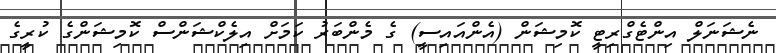
ނެޝަނަލް އިންޓެގްރިޓީ ކޮމިޝަން (އެންއައިސީ) ގެ މެންބަރު ކަމަށް އިލެކްޝަންސް ކޮމިޝަންގެ ކުރީގެ